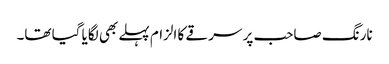
نارنگ صاحب پر سرقے کا الزام پہلے بھی لگایا گیا تھا۔